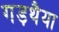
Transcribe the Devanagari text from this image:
गड़थैया